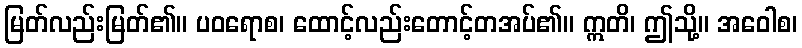
မြတ်လည်းမြတ်၏။ ပဝရောစ၊ ထောင့်လည်းတောင့်တအပ်၏။ ဣတိ၊ ဤသို့။ အဝေါစ၊